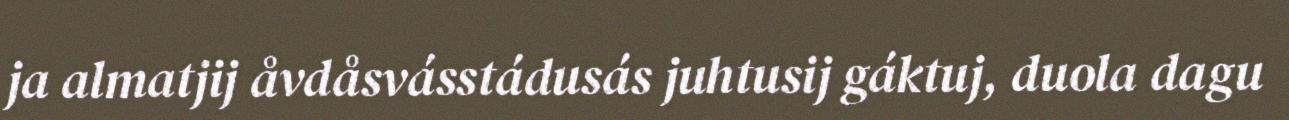
ja almatjij åvdåsvásstádusás juhtusij gáktuj, duola dagu